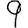
Digit: 9